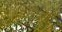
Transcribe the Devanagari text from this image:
हर्सी